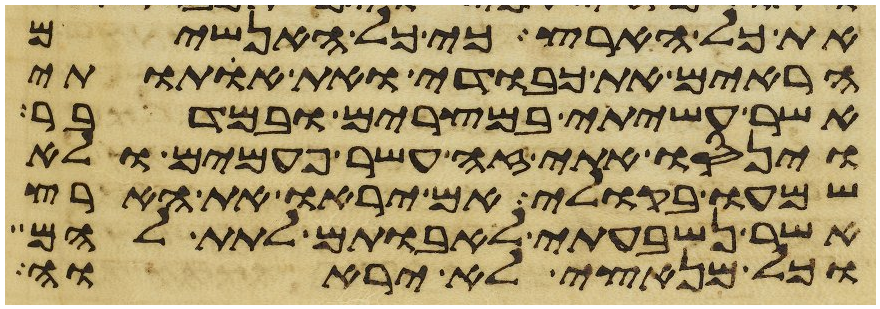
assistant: את כל הארץ כי כל האנשים
הראים את כבודי ואת אתותי
אשר עשיתי במצרים ובמדבר
וינסו אתי זה עשר פעמים ולא
שמעו בקולי אם יראו את הארץ
אשר נשבעתי לאבותם לתת להם
וכל מנאצי לא יראוה